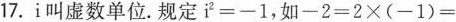
17.i叫虚数单位.规定$$i^{2}=-1$$，如$$-2=2\times (-1)=$$